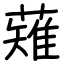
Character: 薙